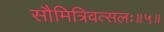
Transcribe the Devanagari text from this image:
सौमित्रिवत्सलः॥५॥